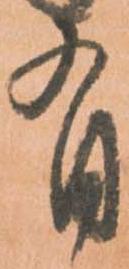
有